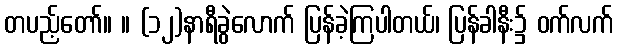
တပည့်တော်။ ။ (၁၂)နာရီခွဲလောက် ပြန်ခဲ့ကြပါတယ်၊ ပြန်ခါနီး၌ ဝက်လက်